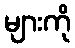
များကို